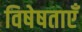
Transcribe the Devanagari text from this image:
विषेषताएँ